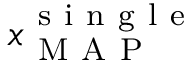
\boldsymbol { x } _ { \mathrm { ~ M ~ A ~ P ~ } } ^ { \mathrm { ~ s ~ i ~ n ~ g ~ l ~ e ~ } }